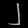
Digit: ၂